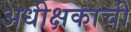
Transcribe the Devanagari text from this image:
अधीक्षकाची